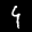
Label: 4